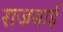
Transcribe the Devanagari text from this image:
राजबाई